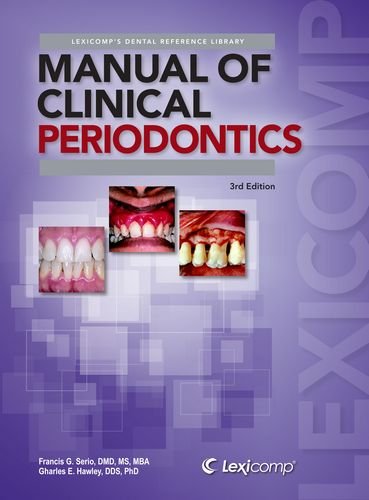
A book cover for Manual of Clinical Periodontics: A Reference Manual for Diagnosis & Treatment (Lexi-Comp's Dental Reference Library); Francis G. Serio; Medical Books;